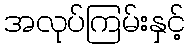
အလုပ်ကြမ်းနှင့်